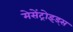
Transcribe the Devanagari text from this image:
मेसेंट्रोइड्स